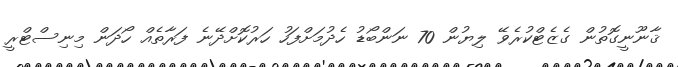
ޤާނޫނީގޮތުން ގެޒެޓްކުރެވޭ ލިޔުން 70 ނަންބޯޑު ހެދުމަށްފަހު ހަރުކޮށްދޭނެ ފަރާތެއް ހޯދަން މިނިސްޓްރީ